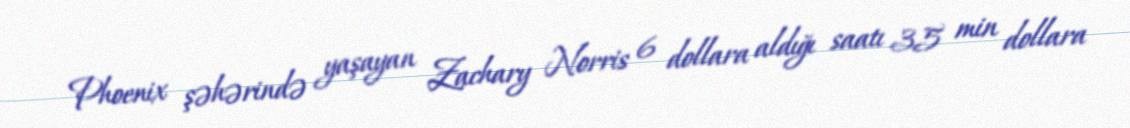
Phoenix şəhərində yaşayan Zachary Norris 6 dollara aldığı saatı 35 min dollara